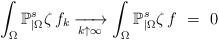
\begin{align*}\int_\Omega\mathbb{P}_{|\Omega}^s\zeta\,f_k\xrightarrow[k\uparrow\infty]{}\int_\Omega\mathbb{P}_{|\Omega}^s\zeta\,f\ =\ 0\end{align*}